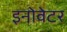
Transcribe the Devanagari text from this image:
इनोवेटर